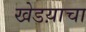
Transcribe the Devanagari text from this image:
खेडय़ाचा